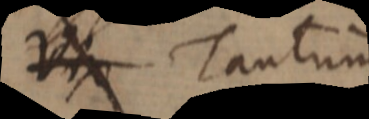
Vix Tantum